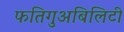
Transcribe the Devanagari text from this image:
फतिगुअबिलिटी